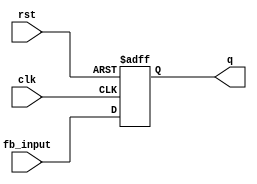
module feedback_register #(
    parameter WIDTH = 8  // Define the width of the register (default is 8 bits)
)(
    input wire clk,              // Clock signal
    input wire rst,              // Asynchronous reset signal
    input wire [WIDTH-1:0] fb_input, // Feedback input signal
    output reg [WIDTH-1:0] q     // Output of the register
);

// Always block triggered on the rising edge of the clock or when reset is asserted
always @(posedge clk or posedge rst) begin
    if (rst) begin
        // Reset the register to zero when reset is asserted
        q <= {WIDTH{1'b0}}; // Initialize to zero (WIDTH bits)
    end else begin
        // Update the register with the feedback input
        q <= fb_input; // Store the feedback input
    end
end

endmodule